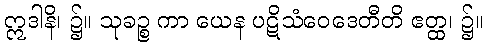
ဣဒါနိ၊ ၌။ သုခဉ္စ ကာ ယေန ပဋိသံဝေဒေတီတိ ဧတ္ထ၊ ၌။